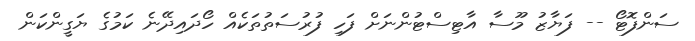
ސަންފޮޓޯ -- ފަޔާޒު މޫސާ އާޓިސްޓުންނަށް ފަހި ފުރުސަތުތަކެއް ހޯދައިދޭނެ ކަމުގެ ޔަގީންކަން